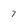
Character: 7